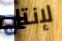
لإنتاج